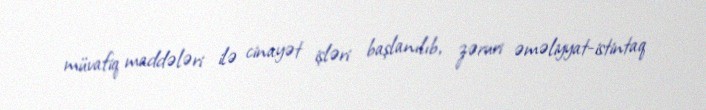
müvafiq maddələri ilə cinayət işləri başlanılıb, zəruri əməliyyat-istintaq